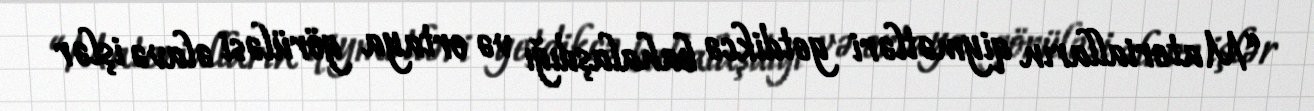
“Materialların qiymətləri getdikcə bahalaşdığı və ortaya görüləsi əlavə işlər